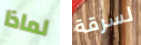
لماذا لسرقة